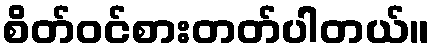
စိတ်ဝင်စားတတ်ပါတယ်။